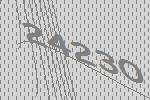
24230